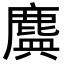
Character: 𪊻